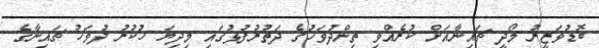
ބޮޑުވަޒީރު މޯދީ ޗައިނާއަށް ކުރެއްވި ތިންދުވަހުގެ ދަތުރުފުޅުގައި މިދިޔަ ހުކުރު ދުވަހު ޗައިނާގެ